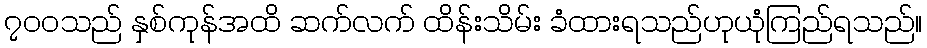
၇၀၀သည် နှစ်ကုန်အထိ ဆက်လက် ထိန်းသိမ်း ခံထားရသည်ဟုယုံကြည်ရသည်။